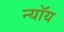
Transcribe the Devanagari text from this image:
न्यॉय